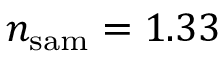
n _ { \mathrm { s a m } } = 1 . 3 3